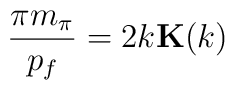
\frac{\pi m_{\pi}}{p_f} = 2 k {\bf K}(k)